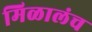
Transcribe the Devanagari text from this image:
मिळालंच